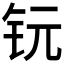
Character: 𮷸